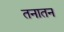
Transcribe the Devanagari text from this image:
तनातन